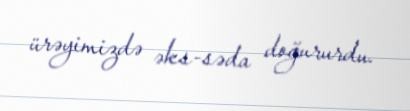
ürəyimizdə əks-səda doğururdu.